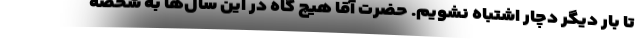
تا بار دیگر دچار اشتباه نشویم. حضرت آقا هیچ گاه در این سال‌ها به شخصه